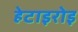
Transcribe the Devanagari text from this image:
हेटाइरोइ